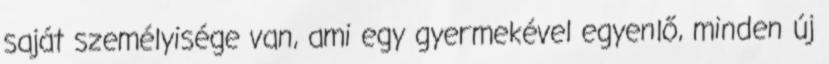
saját személyisége van, ami egy gyermekével egyenlő, minden új